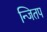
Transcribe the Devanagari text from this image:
न्जितप